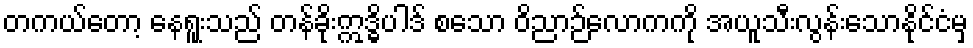
တကယ်တော့ နေရူးသည် တန်ခိုးဣဒ္ဓိပါဒ် စသော ဝိညာဉ်လောကကို အယူသီးလွန်းသောနိုင်ငံမှ